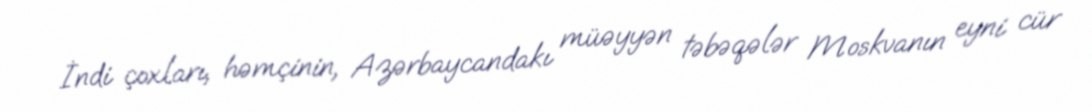
İndi çoxları, həmçinin, Azərbaycandakı müəyyən təbəqələr Moskvanın eyni cür